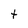
Character: t